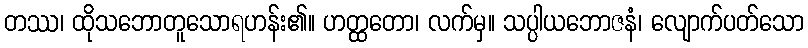
တဿ၊ ထိုသဘောတူသောရဟန်း၏။ ဟတ္ထတော၊ လက်မှ။ သပ္ပါယဘောဇနံ၊ လျောက်ပတ်သော